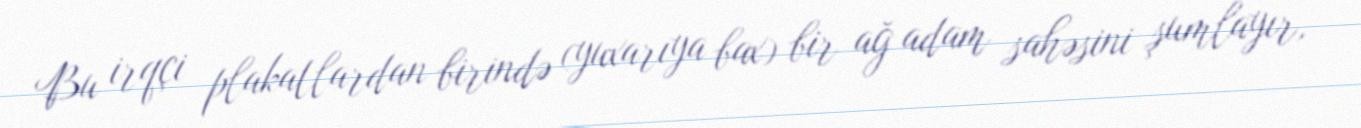
Bu irqçi plakatlardan birində (yuxarıya bax) bir ağ adam sahəsini şumlayır,